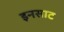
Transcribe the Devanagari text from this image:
इनसाट